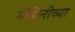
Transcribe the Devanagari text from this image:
मॅझिनीच्या